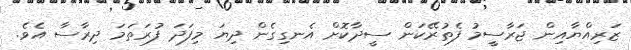
ޒަރިއްޔާއިން ޖަރާސީމު ފެތުރޭކަން ސީދާކޮށް އެނގިގެން ދިޔަ މިފަދަ ފުރަތަމަ ދިރާސާ އެވެ.